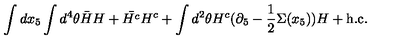
\int d x _ { 5 } \int d ^ { 4 } \theta \bar { H } H + \bar { H ^ { c } } H ^ { c } + \int d ^ { 2 } \theta H ^ { c } ( \partial _ { 5 } - \frac { 1 } { 2 } \Sigma ( x _ { 5 } ) ) H + \mathrm { h . c . }